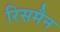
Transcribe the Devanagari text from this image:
रिसमैन